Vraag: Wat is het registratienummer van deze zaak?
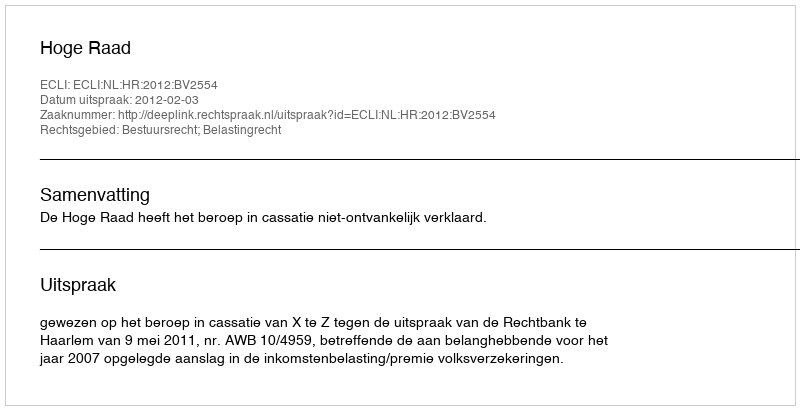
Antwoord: http://deeplink.rechtspraak.nl/uitspraak?id=ECLI:NL:HR:2012:BV2554